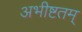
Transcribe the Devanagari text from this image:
अभीष्टतम्